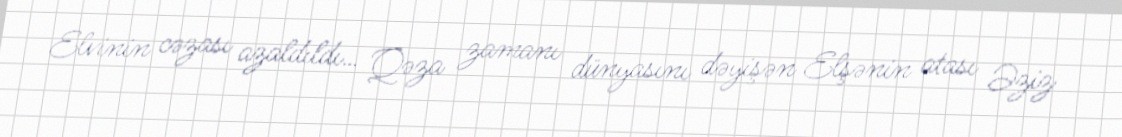
Elvinin cəzası azaldıldı… Qəza zamanı dünyasını dəyişən Elşənin atası Əziz